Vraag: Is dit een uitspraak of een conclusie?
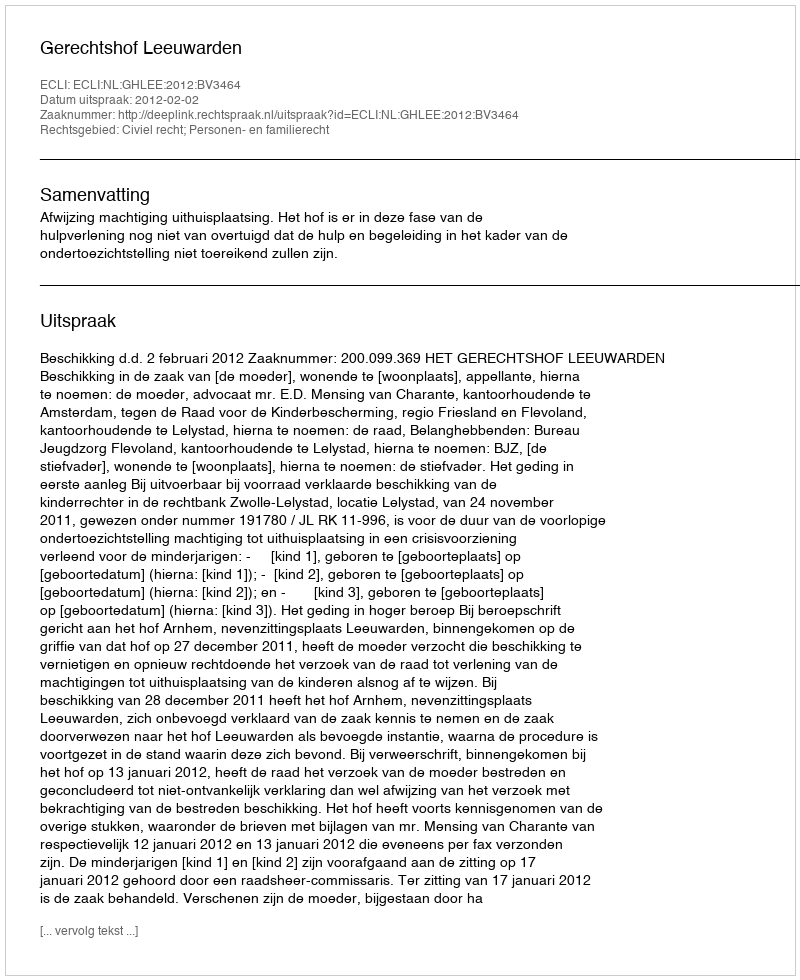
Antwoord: Uitspraak